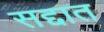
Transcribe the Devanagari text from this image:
सद्दात